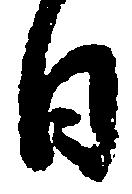
日